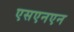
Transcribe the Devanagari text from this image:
एसएनएन